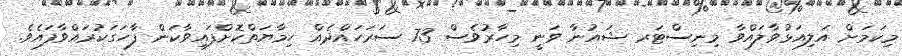
މިކަމަށް އަލިއަޅުވާލައްވާ މިނިސްޓަރ ޝައުނާ ވަނީ މިހާރުވެސް 73 ސަރަހައްދެއް ހިމާޔަތްކޮށްފައިވާކަން ފާހަގަކުރައްވާފައެވެ.